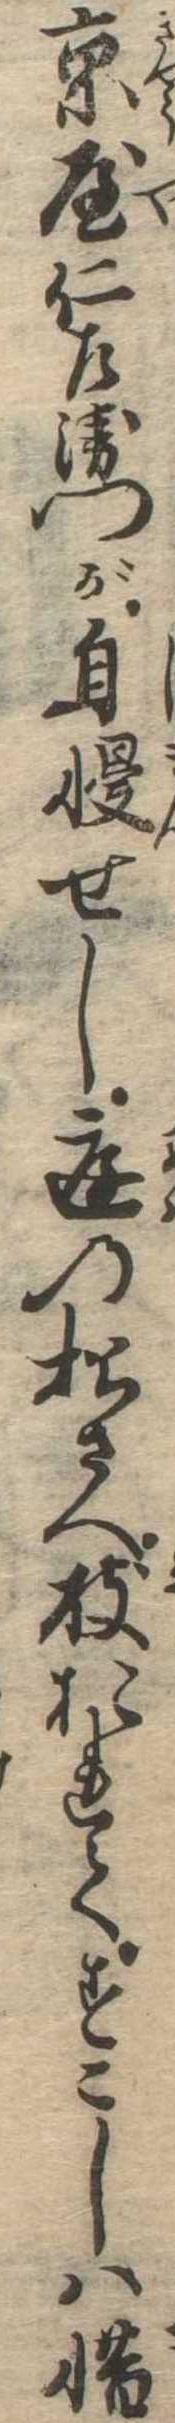
京屋仁左衛門が自慢せし庭の松さへ枝おれてすこしは惜